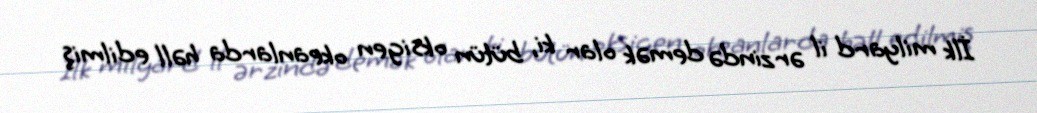
İlk milyard il ərzində demək olar ki, bütün oksigen okeanlarda həll edilmiş